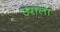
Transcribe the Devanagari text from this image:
उराला